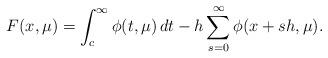
LaTeX: \begin{align*}F(x,\mu) = \int_c^\infty \phi(t,\mu)\, dt -h \sum_{s=0}^\infty \phi(x+sh,\mu). \end{align*}